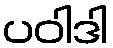
ပဝါဒါ